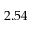
2 . 5 4